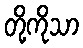
တို့ကိုသာ